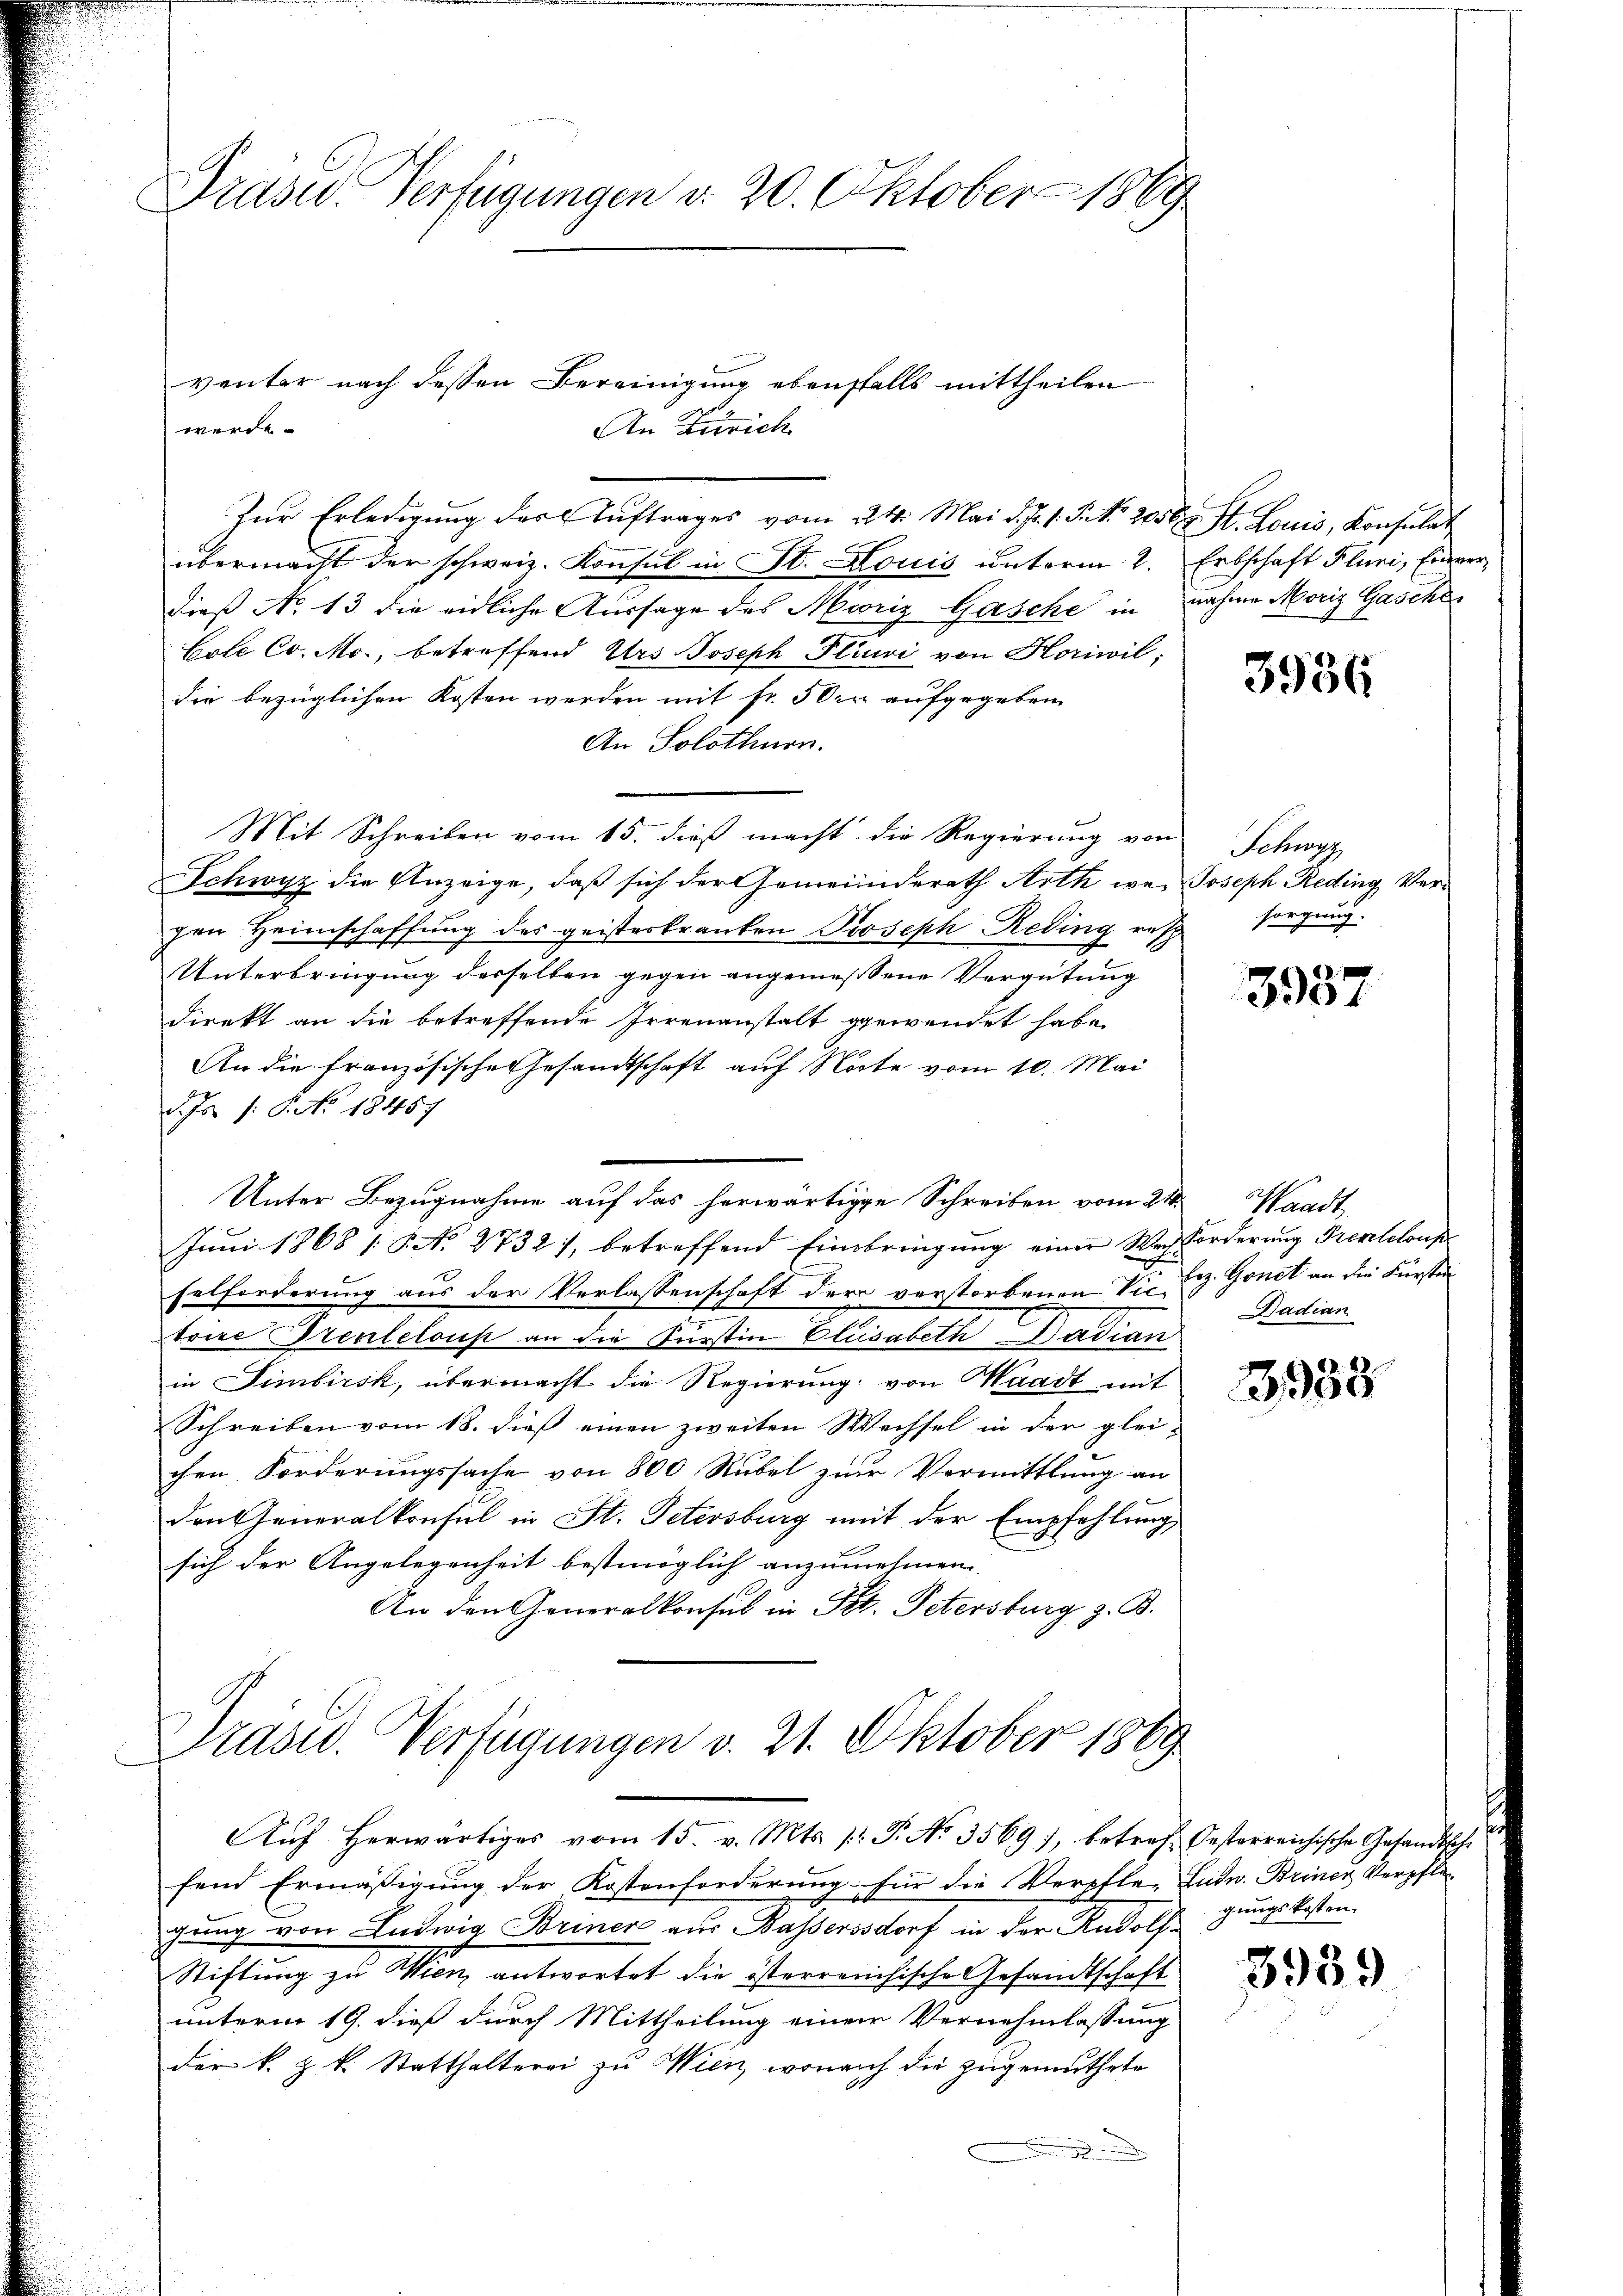
Präser Verfügungen d. 20. Oktober 1869

An Zürich
Zŭr Erledigung der Auftrages vom 24. Mai d. J. J. P. Nr. 205 ten St. Louis, Konsulat
übermacht der schweiz. Konsul in St. Louis unterm 2. Erbschaft Pluni, Einverdieß No 13 die eidliche Aussage des Muris Gasche in nahme Moriz Gasche
Cole Co. Mo., betreffend Urs Joseph Plini von Horiwil;
die bezüglichen Kosten werden mit fr. 5 der aufgegeben
An Solothurn.
Mit Schreiben vom 15. dieß macht die Regierung von
Schwyz die Anzeige, daß sich der Gemeinderath Arth wer Joseph Reding Vergen Heimschaffung des geisteskranken Proseph Reding resp
Unterbringung derselben gegen angemessene Vergütung
direkt an die betreffende Irrenanstalt gewendet habe.
An die französische Gesandtschaft auf Note vom 10. Mai
Jr 1. No. 18457
Unter Bezugnahme auf das herwärtige Schreiben vom 24. Waadt,
Juni 1868 15 No 2732), betreffend Einbringung einer Weisforderung Prenteloup
x
felforderung aus der Verlassenschaft der verstorbenen Viele Gonet an die Fürsten
trice Prentelous an die Kurstin Elisabeth Dadian
in Simbirsk, übermacht die Regierung von Waadt mit
Schreiben vom 18. dieß einen zweiten Wechsel in der glei-
chen Forderungssache von 800 Rubel zur Vermittlung an
den Generalkonsul in St. Petersburg mit der Empfehlung
sich der Angelegenheit bestmöglich anzunehmen.
An den Generalkonsul in Tit. Petersburg z. B.

venter nach dessen Bereinigung ebenfalls mittheilen
werde.

Präsid. Verfügungen v. 21. Oktober 1889.
Aŭf herwärtiges vom 15. v. Mts. /: P. No. 3569), betref Oesterreichische Gesandtsche

fend Ermäßigung der Kostenforderung für die Verpfle-Ludw. Briner Verpfle-
gung von Ludwig Briner aus Bassersdorf in der Rudolf¬
Stiftung zu Wien, antwortet die österreichische Gesandtschaft
unterm 19. dieß durch Mittheilung einer Vernehmlassung
der k. k. Statthalterei zu Wien, wonach die zugemuthete

3936

Schwyz
sorgung.

3937

Sadian

3958

gungskosten.

3959